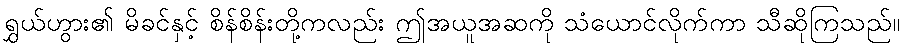
ရွှယ်ဟွား၏ မိခင်နှင့် စိန်စိန်းတို့ကလည်း ဤအယူအဆကို သံယောင်လိုက်ကာ သီဆိုကြသည်။